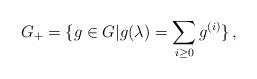
LaTeX: \begin{align*}G_{+} = \{g \in G | g(\lambda) = \sum_{i\geq 0} g^{(i)}\}\, ,\end{align*}